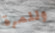
وللمرة